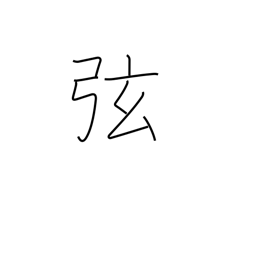
Meaning: hypotenuse